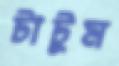
টাটুম